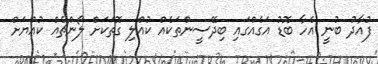
ފުއާދު ބުނީ އެހާ ބޮޑު އަގެއްގައި ބިދޭސީންތަކެއް ކުއްލި ގޮތަކަށް ލޯންޗެއް ކުއްޔަށް